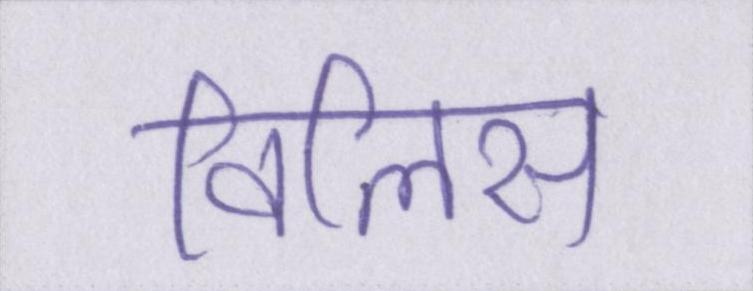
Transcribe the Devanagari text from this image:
विलिस